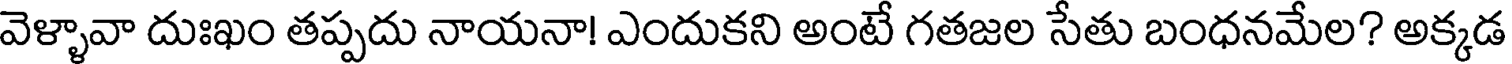
వెళ్ళావా దుఃఖం తప్పదు నాయనా! ఎందుకని అంటే గతజల సేతు బంధనమేల? అక్కడ